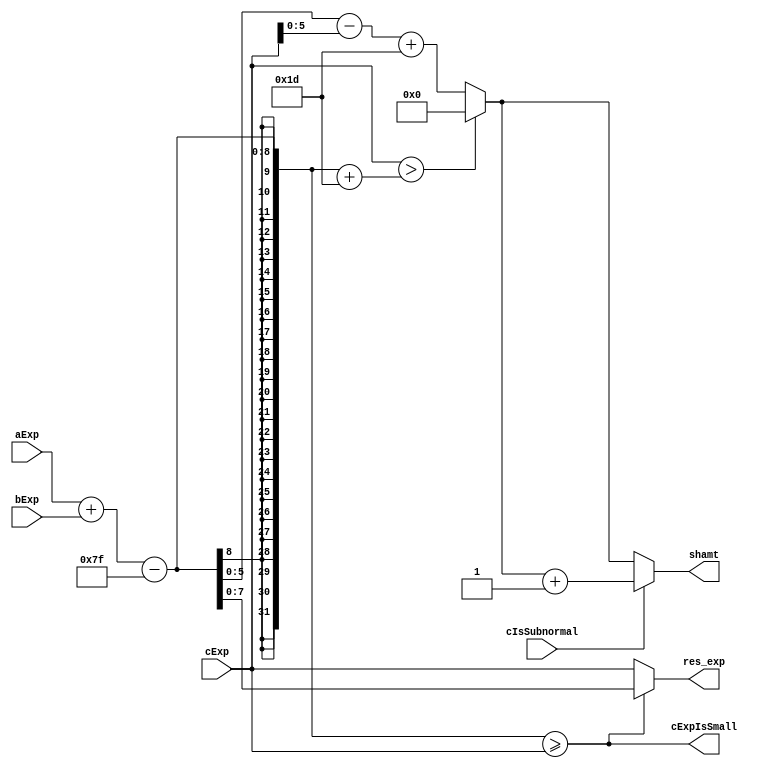
module exponentComparison(aExp, bExp, cExp, shamt, cIsSubnormal, res_exp, cExpIsSmall);
   
   //Parameters
  parameter WIDTH=32; //32 or 64
  parameter EXP_WIDTH=8;
  parameter SIG_WIDTH=23;
  parameter BIAS=127;
  
  //localparam ADD_WIDTH=3*(SIG_WIDTH+1)+3;
  localparam SHAMT_WIDTH=6;
 
  input [EXP_WIDTH-1:0] aExp, bExp, cExp;
  input                     cIsSubnormal;
  output [SHAMT_WIDTH-1:0]         shamt;
  output [EXP_WIDTH-1:0]         res_exp;
  output                     cExpIsSmall;
  
  wire [EXP_WIDTH-1:0] product_exp;
  
  wire [SHAMT_WIDTH-1:0] shamt_internal, shamt_pre;
  
  assign product_exp = aExp + bExp;
  assign shamt_pre = product_exp - BIAS - cExp + (SIG_WIDTH+6);
  assign shamt_internal = (cExp > (product_exp - BIAS + (SIG_WIDTH+6)))?0:shamt_pre;
  
  assign shamt=(cIsSubnormal)? shamt_internal+1:shamt_internal;
  
  assign cExpIsSmall = ((product_exp - BIAS) >= cExp);
  
  assign res_exp= ( cExpIsSmall )?product_exp-BIAS:cExp;//Result exponent
  
endmodule